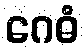
ဂေဓံ